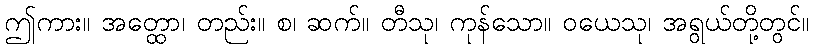
ဤကား။ အတ္ထော၊ တည်း။ စ၊ ဆက်။ တီသု၊ ကုန်သော။ ဝယေသု၊ အရွယ်တို့တွင်။